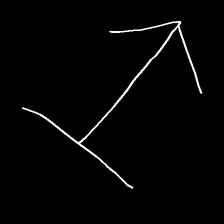
Glyph: levitation